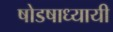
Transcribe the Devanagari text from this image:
षोडषाध्यायी